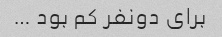
برای دونفر کم بود …